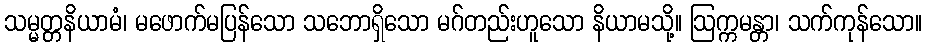
သမ္မတ္တနိယာမံ၊ မဖောက်မပြန်သော သဘောရှိသော မဂ်တည်းဟူသော နိယာမသို့။ ဩက္ကမန္တာ၊ သက်ကုန်သော။